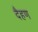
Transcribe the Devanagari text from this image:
दैहण